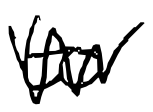
Text: to
Cross-out: zig-zag
Writing tool: digital_black